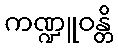
ကဏ္ဍူဝန္တိ